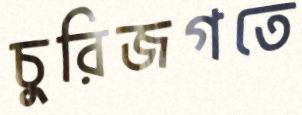
চুরিজগতে